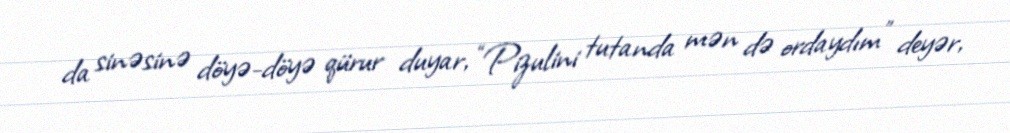
da sinəsinə döyə-döyə qürur duyar, “Pizulini tutanda mən də ordaydım” deyər,